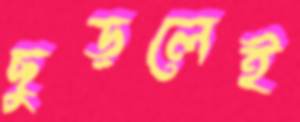
ছুড়লেই